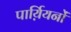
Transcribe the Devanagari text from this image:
पार्य़ियनों